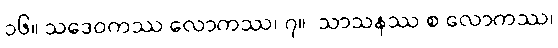
၁၆။ သဒေဝကဿ လောကဿ၊ ၇။  သာသနဿ စ လောကဿ၊